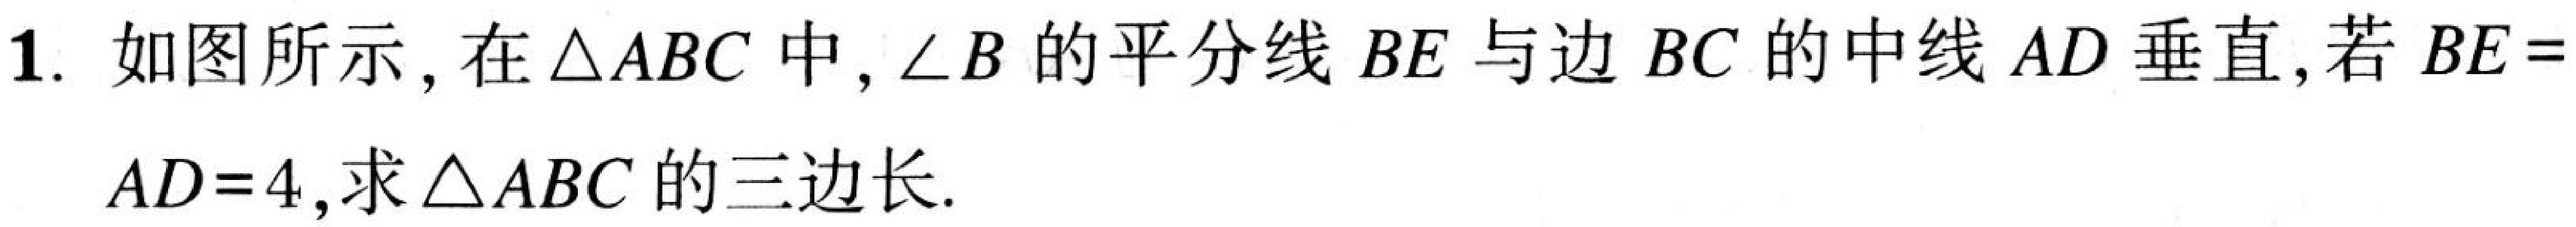
1. 如图所示，在\(\triangle ABC\)中，\(\angle B\)的平分线\(BE\)与边\(BC\)的中线\(AD\)垂直,若\(BE = AD = 4\),求\(\triangle ABC\)的三边长.